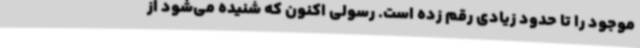
موجود را تا حدود زیادی رقم زده است. رسولی اکنون که شنیده می‌شود از